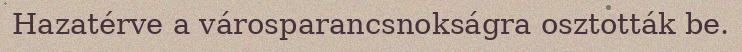
Hazatérve a városparancsnokságra osztották be.